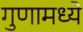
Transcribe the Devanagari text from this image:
गुणामध्ये